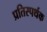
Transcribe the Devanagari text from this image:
प्रतिस्पर्थक